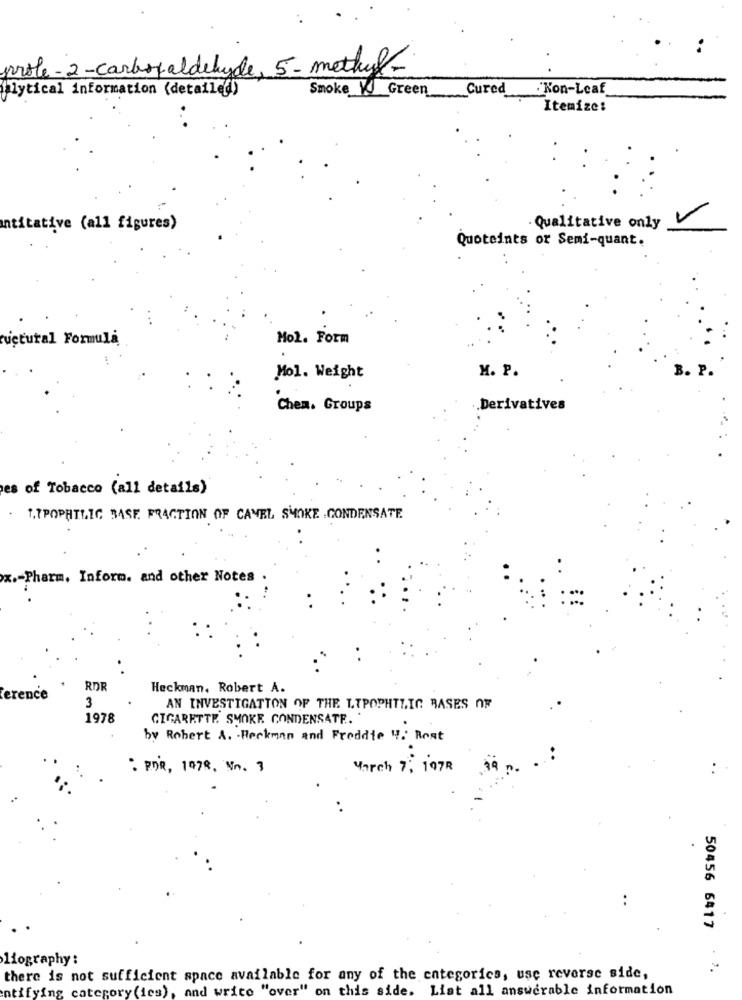
prole-2-carbsfaldehyde, 5-methyl-
"lytical information (detailed)
Cured
Kon-Leaf
Smoke V Green
Itemize:
v
ntitative (all figures)
· Qualitative only
Quoteints or Semi-quant.
uçtural Formula
Mol. Form
M. P.
B. P.
Mol. Weight
Chem. Groups
Derivatives
es of Tobacco (all details)
TIPOPHILIC BASE FRACTION OF CAVEL SMOKE CONDENSATE
x .- Pharm. Inform. and other Notes
RDF
Heckman, Robert A.
erence
3
AN INVESTIGATION OF THE LIPOPHILIC BASES OF
1978
CIGARETTE SMOKE CONDENSATE ..
by Robert A. Beckman and Freddie 4. Rost
: POR, 1978, Nn. 3
March 7: 107R
..
50456 6417
Hiography:
there is not sufficient space available for any of the entegorics, use reverse side,
Ing category (ies), and write "over" on this side. Liat all answerable information